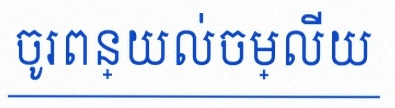
ចូរពន្យល់ចម្លើយ